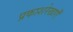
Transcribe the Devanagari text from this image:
प्रकाशरेखाएँ